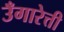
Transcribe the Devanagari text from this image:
उँगारेत्ती